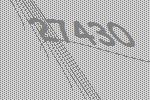
27430